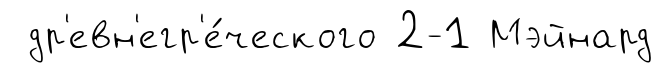
др'евн'егр'е́ческого 2-1 Мэйнард